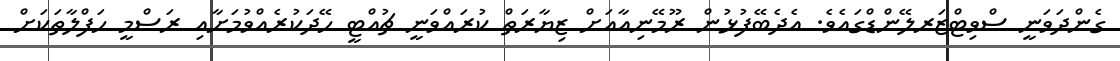
ގެންދަވަނީ ސްވިޓްޒަރލޭންޑްގައެވެ. އެދެބޭފުޅުން ރޫމޭނިއާއަށް ޒިޔާރަތް ކުރައްވަނީ ޗުއްޓީ ހޭދަކުރެއްވުމަށާއި ރަސްމީ ހަފްލާތަކަށް